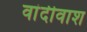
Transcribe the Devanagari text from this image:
वांदीवाश